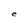
Character: e